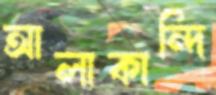
আলাকান্দি